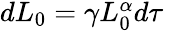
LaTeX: \begin{array}{r}{dL_{0}=\gamma L_{0}^{\alpha}d\tau\ }\end{array}